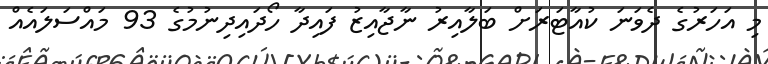
މި އަހަރުގެ ދެވަނަ ކުއާޓަރަށް ބަލާއިރު ނާޖާއިޒު ފައިދާ ހޯދައިދިނުމުގެ 93 މައްސަލައެއް